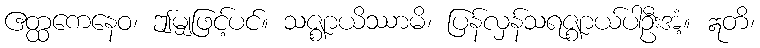
ဧတ္ထကေနေဝ၊ ဤမျှဖြင့်ပင်။ သဇ္ဈာယိဿာမိ၊ ပြန်လှန်သရဇ္ဈာယ်ပါဦးအံ့။ ဣတိ၊